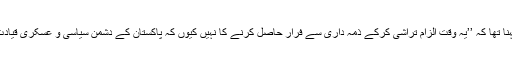
اُن کےبقول جنرل پاشا کا کہنا تھا کہ ’’یہ وقت الزام تراشی کرکے ذمہ داری سے فرار حاصل کرنے کا نہیں کیوں کہ پاکستان کے دشمن سیاسی و عسکری قیادت کو تقسیم کرنا چاہتے ہیں۔